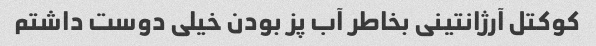
کوکتل آرژانتینی بخاطر آب پز بودن خیلی دوست داشتم